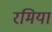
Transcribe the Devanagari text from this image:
रमिया